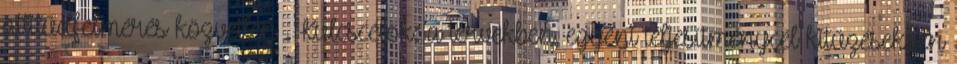
attitűdfelmérés közvetlen . Kulcscélok: a tervekben, egyéni teljesítménycél kitűzésekben